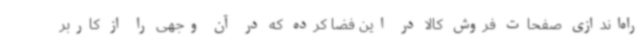
راه‌اندازی صفحات فروش کالا در این فضا کرده که در آن وجهی را از کاربر